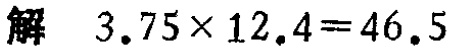
解 \(3.75\times12.4 = 46.5\)